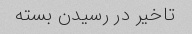
تاخیر در رسیدن بسته